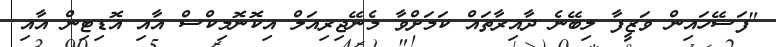
"ފަސޭހައިން ވަޒީފާ ލިބޭނެ ދާއިރާތައް ކަމަށްވާ މެނޭޖިރިއަލް އިކޮނޮމިކްސް އާއި އޮޑިޓިން އާއި